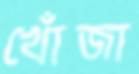
খোঁজা